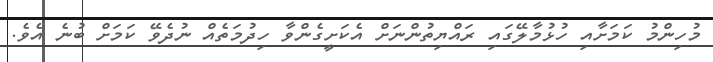
މުހިންމު ކަމަށާއި ހުޅުމާލޭގައި ރައްޔިތުންނަށް އެކަށީގެންވާ ހިދުމަތެއް ނުދެވޭ ކަމަށް ބުނެ އެވެ.